Lunatic asylums United Provinces 1909-1921 - 1909-1921
Year: 1909
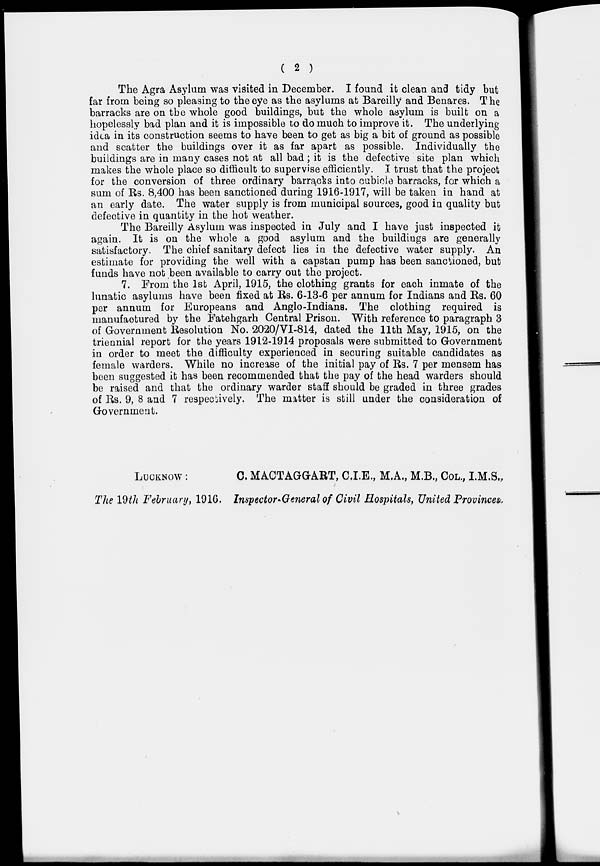
( 2 )
The Agra Asylum was visited in December. I found it clean and tidy but
far from being so pleasing to the eye as the asylums at Bareilly and Benares. The
barracks are on the whole good buildings, but the whole asylum is built on a
hopelessly bad plan and it is impossible to do much to improve it. The underlying
idea in its construction seems to have been to get as big a bit of ground as possible
and scatter the buildings over it as far apart as possible. Individually the
buildings are in many cases not at all bad ; it is the defective site plan which
makes the whole place so difficult to supervise efficiently. I trust that the project
for the conversion of three ordinary barracks into cubicle barracks, for which a
sum of Rs. 8,400 has been sanctioned during 1916-1917, will be taken in hand at
an early date. The water supply is from municipal sources, good in quality but
defective in quantity in the hot weather.
The Bareilly Asylum was inspected in July and I have just inspected it
again. It is on the whole a good asylum and the buildings are generally
satisfactory. The chief sanitary defect lies in the defective water supply. An
estimate for providing the well with a capstan pump has been sanctioned, but
funds have not been available to carry out the project.
7. From the 1st April, 1915, the clothing grants for each inmate of the
lunatic asylums have been fixed at Rs. 6-13-6 per annum for Indians and Rs. 60
per annum for Europeans and Anglo-Indians. The clothing required is
manufactured by the Fatehgarh Central Prison. With reference to paragraph 3
of Government Resolution No. 2020/VI-814, dated the 11th May, 1915, on the
triennial report for the years 1912-1914 proposals were submitted to Government
in order to meet the difficulty experienced in securing suitable candidates as
female warders. While no increase of the initial pay of Rs. 7 per mensem has
been suggested it has been recommended that the pay of the head warders should
be raised and that the ordinary warder staff should be graded in three grades
of Rs. 9, 8 and 7 respectively. The matter is still under the consideration of
Government.
LUCKNOW:
The 19th February, 1916.
C. MACTAGGART, C.I.E., M.A., M.B., COL., I.M.S.,
Inspector-General of Civil Hospitals, United Provinces.